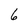
Character: 6